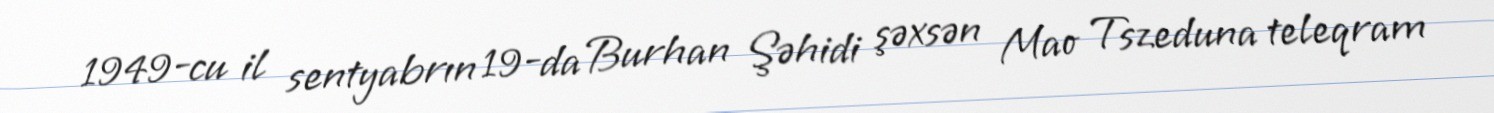
1949-cu il sentyabrın 19-da Burhan Şəhidi şəxsən Mao Tszeduna teleqram